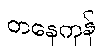
တနေကုန်